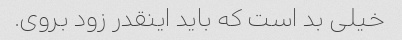
خیلی بد است که باید اینقدر زود بروی.